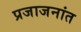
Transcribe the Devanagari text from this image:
प्रजाजनांत